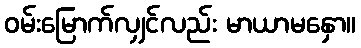
ဝမ်းမြောက်လျှင်လည်း မာယာမနှော။